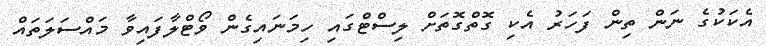
އެކަކުގެ ނަން ތިން ފަހަރު އެކި ގޮތްގޮތަށް ލިސްޓްގައި ހިމަނައިގެން ވޯޓްލާފައިވާ މައްސަލަތައް